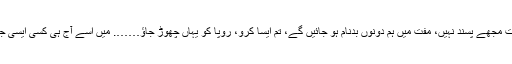
’’تم رُوپا کے کیا لگتے ہو……. خیر چھوڑو اس قصّے کو……. دیکھو، یہ بچے وچے کی بات مجھے پسند نہیں، مفت میں ہم دونوں بدنام ہو جائیں گے، تم ایسا کرو، رُوپا کو یہاں چھوڑ جاؤ……. میں اُسے آج ہی کسی ایسی جگہ بھجوا دوں گا جہاں یہ بچہ ضائع کر دیا جائے….. اور رُوپا کو میں کچھ روپے دے دوں گا۔